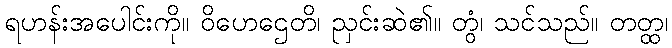
ရဟန်းအပေါင်းကို။ ဝိဟေဌေတိ၊ ညှင်းဆဲ၏။ တွံ၊ သင်သည်။ တတ္ထ၊